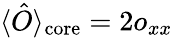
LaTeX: \langle\hat{O}\rangle_{\mathrm{core}}=2o_{xx}